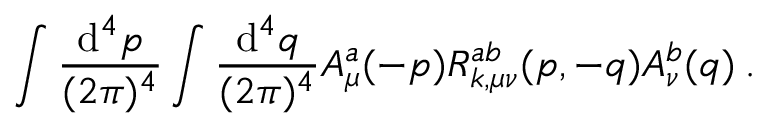
\int \frac { \mathrm { d } ^ { 4 } p } { ( 2 \pi ) ^ { 4 } } \int \frac { \mathrm { d } ^ { 4 } q } { ( 2 \pi ) ^ { 4 } } A _ { \mu } ^ { a } ( - p ) R _ { k , \mu \nu } ^ { a b } ( p , - q ) A _ { \nu } ^ { b } ( q ) \: .